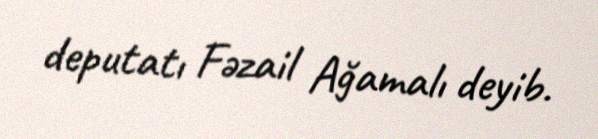
deputatı Fəzail Ağamalı deyib.